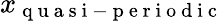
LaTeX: x_{\mathrm{~q~u~a~s~i~-~p~e~r~i~o~d~i~c~}}